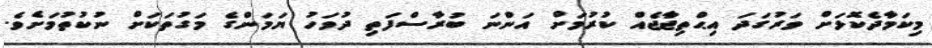
މިކަމާދެކޮޅަށް ވަރުގަދަ އިޙްތިޖާޖެއް ކުރުމަށް އަންނަ ބުރާސްފަތި ދުވަހު ޔަމަންގެ މަގުތަކަށް ނުކުތުމަށެވެ.